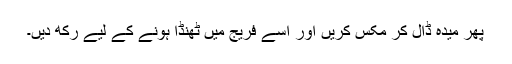
پھر میدہ ڈال کر مکس کریں اور اسے فریج میں ٹھنڈا ہونے کے لیے رکھ دیں۔